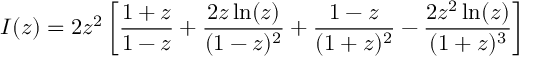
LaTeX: I ( z ) = 2 z ^ { 2 } \left[ \frac { 1 + z } { 1 - z } + \frac { 2 z \ln ( z ) } { ( 1 - z ) ^ { 2 } } + \frac { 1 - z } { ( 1 + z ) ^ { 2 } } - \frac { 2 z ^ { 2 } \ln ( z ) } { ( 1 + z ) ^ { 3 } } \right]